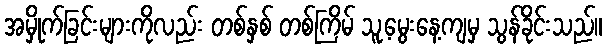
အမှိုက်ခြင်းများကိုလည်း တစ်နှစ် တစ်ကြိမ် သူ့မွေးနေ့ကျမှ သွန်ခိုင်းသည်။